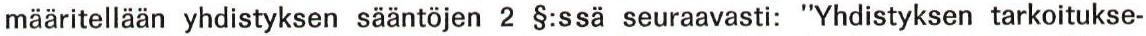
määritellään yhdistyksen sääntöjen 2 §:ssä seuraavasti: "Yhdistyksen tarkoitukse-